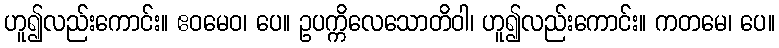
ဟူ၍လည်းကောင်း။ ဧဝမေဝ၊ ပေ။ ဥပက္ကိလေသောတိဝါ၊ ဟူ၍လည်းကောင်း။ ကတမေ၊ ပေ။